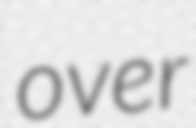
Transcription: over